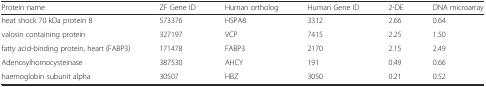
| Protein name | ZF Gene ID | Human ortholog | Human Gene ID | 2-DE | DNA microarray |
 | --- | --- | --- | --- | --- | --- |
 | heat shock 70 kDa protein 8 | 573376 | HSPA8 | 3312 | 2.66 | 0.64 |
 | valosin containing protein | 327197 | VCP | 7415 | 2.25 | 1.50 |
 | fatty acid-binding protein, heart (FABP3) | 171478 | FABP3 | 2170 | 2.15 | 2.49 |
 | Adenosylhomocysteinase | 387530 | AHCY | 191 | 0.49 | 0.66 |
 | haemoglobin subunit alpha | 30507 | HBZ | 3050 | 0.21 | 0.52 |